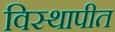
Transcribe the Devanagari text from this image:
विस्थापीत